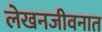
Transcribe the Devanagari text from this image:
लेखनजीवनात